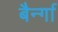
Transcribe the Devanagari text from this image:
बैर्न्गा